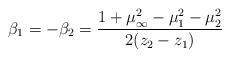
LaTeX: \begin{align*}\beta_1 = -\beta_2 = \frac{1+\mu _\infty^2 -\mu _1^2 -\mu _2^2}{2(z_2-z_1)}\end{align*}